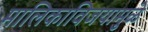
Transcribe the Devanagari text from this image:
मालिकाविजयामुळे